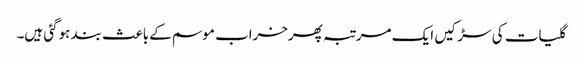
گلیات کی سڑکیں ایک مرتبہ پھرخراب موسم کےباعث بند ہوگئی ہیں۔